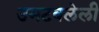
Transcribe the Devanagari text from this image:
उमटवलेली